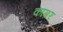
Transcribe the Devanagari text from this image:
कागर